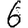
Digit: 6